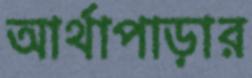
আর্থাপাড়ার